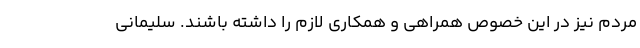
مردم نیز در این خصوص همراهی و همکاری لازم را داشته باشند. سلیمانی